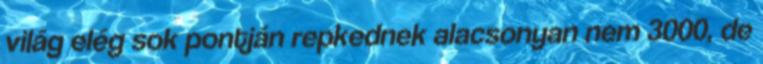
világ elég sok pontján repkednek alacsonyan nem 3000, de